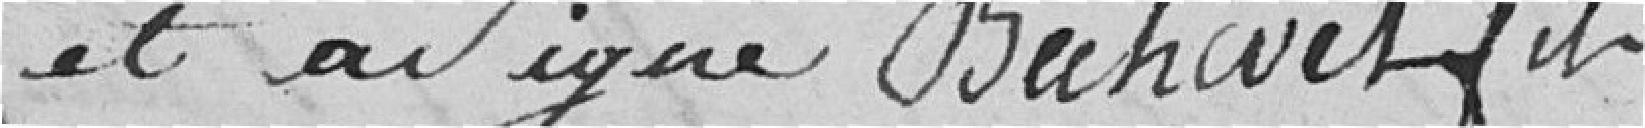
et a signé Béchinet fils